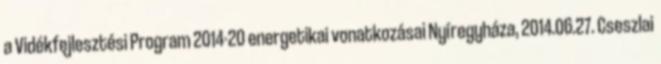
a Vidékfejlesztési Program 2014-20 energetikai vonatkozásai Nyíregyháza, 2014.06.27. Cseszlai